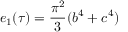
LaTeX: e _ { 1 } ( \tau ) = { \frac { \pi ^ { 2 } } { 3 } } ( b ^ { 4 } + c ^ { 4 } )